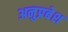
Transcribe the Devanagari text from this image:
अनुप्रबेश